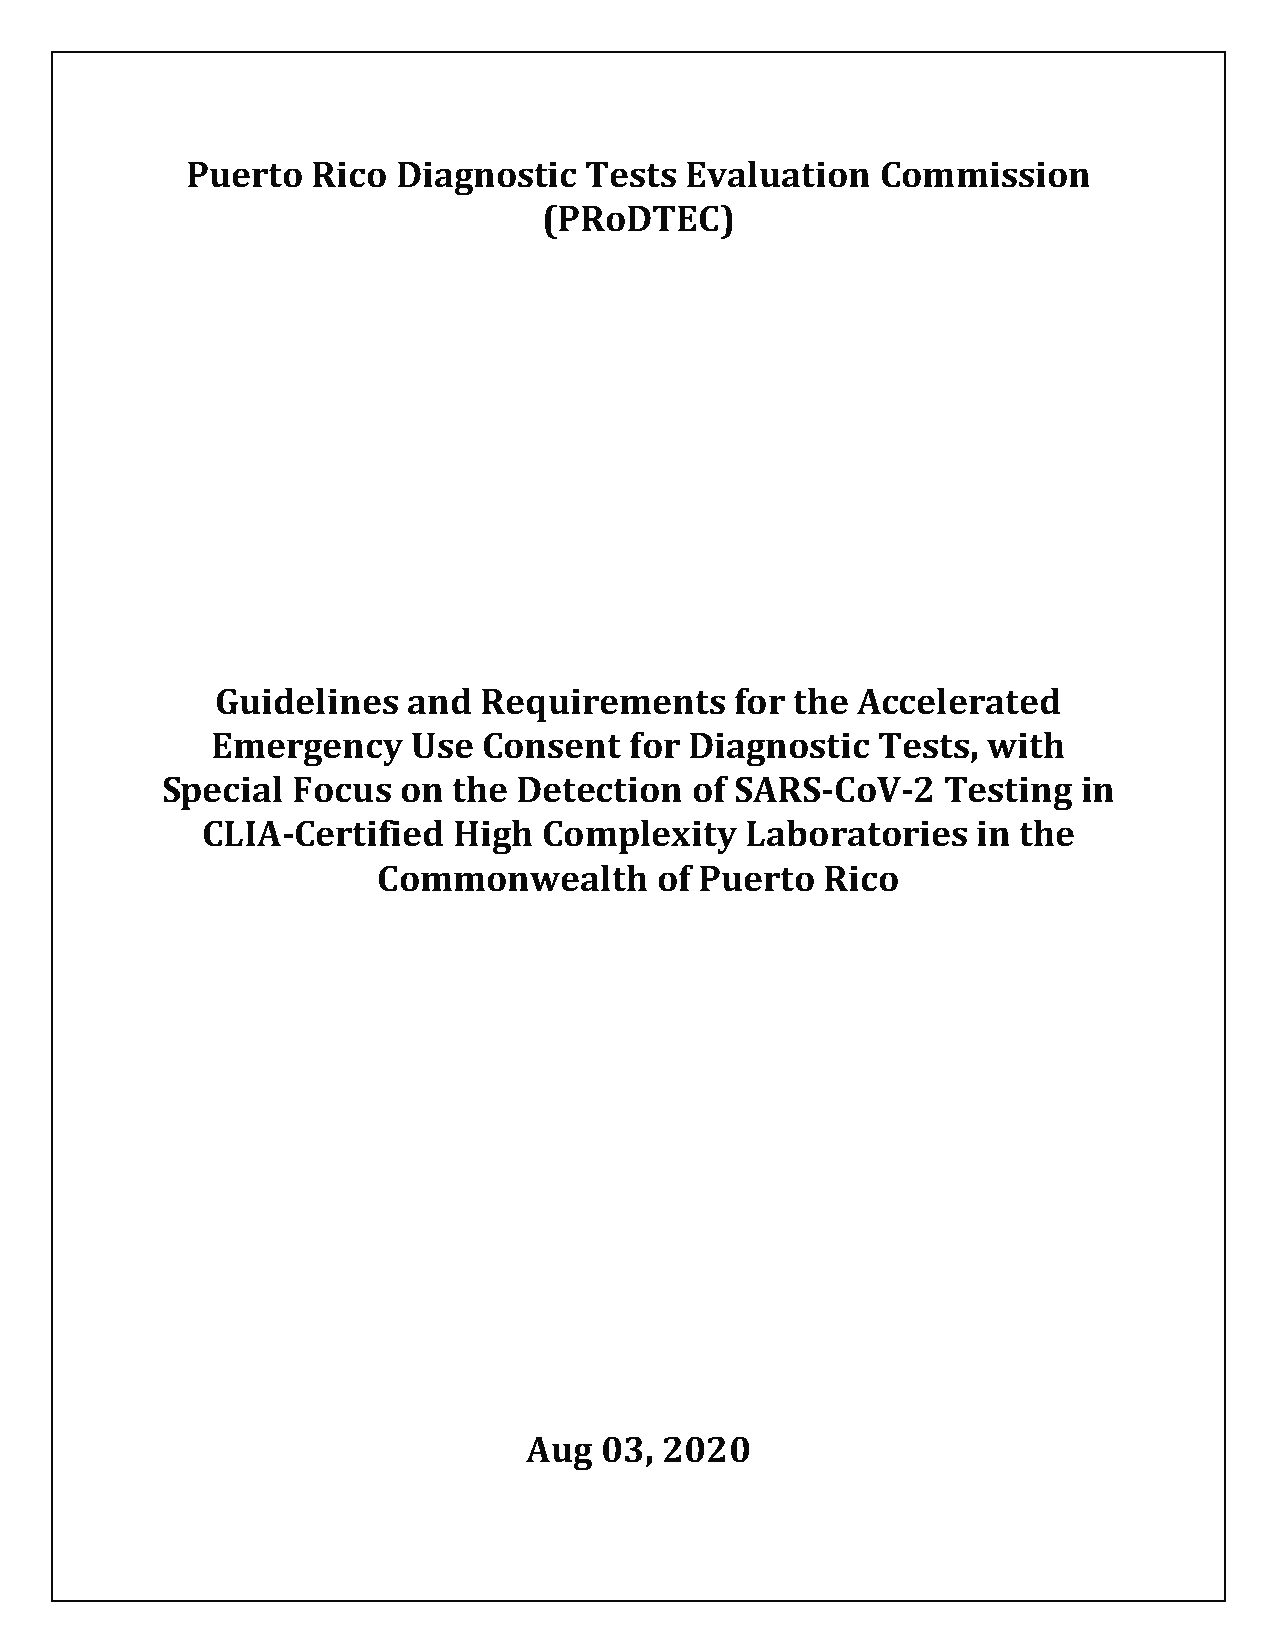
Puerto   Rico Diagnostic   Tests Evaluation   Commission
 (PRoDTEC)
 Guidelines   and  Requirements     for the Accelerated
 Emergency    Use  Consent   for Diagnostic  Tests, with
 Special Focus  on  the Detection   of SARS-CoV-2   Testing   in
 CLIA-Certified   High  Complexity   Laboratories    in the
 Commonwealth      of Puerto   Rico
 Aug  03, 2020